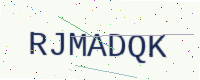
Text: RJMADQK